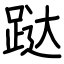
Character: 跶